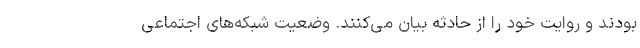
بودند و روایت خود را از حادثه بیان می‌کنند. وضعیت شبکه‌های اجتماعی